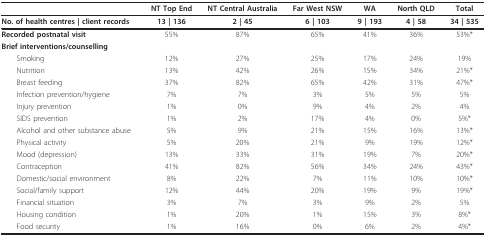
|  | NT Top End | NT Central Australia | Far West NSW | WA | North QLD | Total |
 | --- | --- | --- | --- | --- | --- | --- |
 | No. of health centres | client records | 13 | 136 | 2 | 45 | 6 | 103 | 9 | 193 | 4 | 58 | 34 | 535 |
 | Recorded postnatal visit | 55% | 87% | 65% | 41% | 36% | 53%* |
 | Brief interventions/counselling |  |  |  |  |  |  |
 | Smoking | 12% | 27% | 25% | 17% | 24% | 19% |
 | Nutrition | 13% | 42% | 26% | 15% | 34% | 21%* |
 | Breast feeding | 37% | 82% | 65% | 42% | 31% | 47%* |
 | Infection prevention/hygiene | 7% | 7% | 3% | 5% | 5% | 5% |
 | Injury prevention | 1% | 0% | 9% | 4% | 2% | 4% |
 | SIDS prevention | 1% | 2% | 17% | 4% | 0% | 5%* |
 | Alcohol and other substance abuse | 5% | 9% | 21% | 15% | 16% | 13%* |
 | Physical activity | 5% | 20% | 21% | 9% | 19% | 12%* |
 | Mood (depression) | 13% | 33% | 31% | 19% | 7% | 20%* |
 | Contraception | 41% | 82% | 56% | 34% | 24% | 43%* |
 | Domestic/social environment | 8% | 22% | 7% | 11% | 10% | 10%* |
 | Social/family support | 12% | 44% | 20% | 19% | 9% | 19%* |
 | Financial situation | 3% | 7% | 3% | 9% | 2% | 5% |
 | Housing condition | 1% | 20% | 1% | 15% | 3% | 8%* |
 | Food security | 1% | 16% | 0% | 6% | 2% | 4%* |